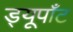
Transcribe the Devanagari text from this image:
ड्यूपाँट